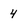
Character: 4